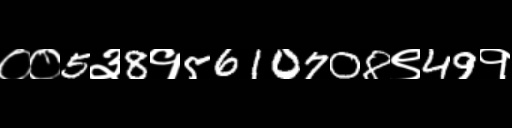
Text: ००5३8१5610708९49१